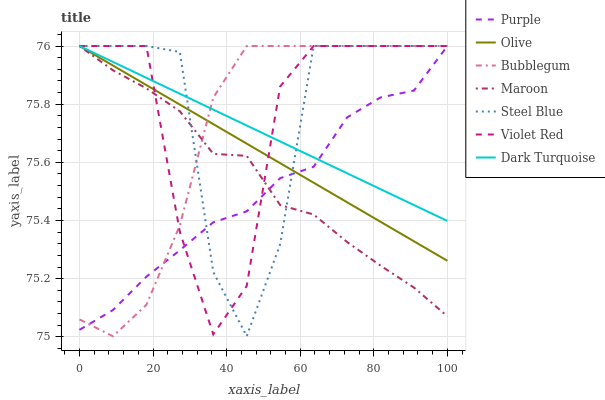
| xaxis_label | Purple | Olive | Bubblegum | Maroon | Steel Blue | Violet Red | Dark Turquoise |
 | --- | --- | --- | --- | --- | --- | --- | --- |
 | 0 | 75 | 76 | 75.1 | 76 | 76 | 76 | 76 |
 | 9.09 | 75.1 | 75.9 | 75 | 75.9 | 76 | 76 | 75.9 |
 | 18.2 | 75.2 | 75.9 | 75.1 | 75.9 | 76 | 76 | 75.9 |
 | 27.3 | 75.3 | 75.8 | 75.4 | 75.8 | 76 | 75.4 | 75.8 |
 | 36.4 | 75.4 | 75.7 | 75.8 | 75.6 | 75.2 | 75 | 75.8 |
 | 45.5 | 75.4 | 75.7 | 76 | 75.6 | 75 | 75.2 | 75.7 |
 | 54.5 | 75.5 | 75.6 | 76 | 75.5 | 75.3 | 75.9 | 75.7 |
 | 63.6 | 75.6 | 75.5 | 76 | 75.4 | 76 | 76 | 75.6 |
 | 72.7 | 75.8 | 75.5 | 76 | 75.3 | 76 | 76 | 75.6 |
 | 81.8 | 75.8 | 75.4 | 76 | 75.2 | 76 | 76 | 75.5 |
 | 90.9 | 75.8 | 75.3 | 76 | 75.2 | 76 | 76 | 75.5 |
 | 100 | 76 | 75.3 | 76 | 75.1 | 76 | 76 | 75.4 |